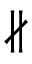
\nparallel